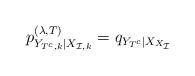
LaTeX: \begin{align*}p_{Y_{T^c,k}|X_{\mathcal{I},k}}^{(\lambda, T)}=q_{Y_{T^c}|X_{X_\mathcal{I}}} \end{align*}